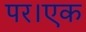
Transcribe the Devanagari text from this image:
पर।एक